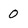
Character: 0